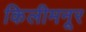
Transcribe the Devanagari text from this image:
किलीमनूर